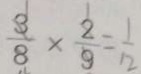
\frac { 3 } { 8 } \times \frac { 2 } { 9 } = \frac { 1 } { 1 2 }